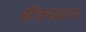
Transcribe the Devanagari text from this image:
सैक्सटन